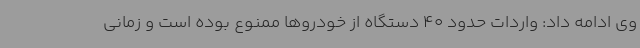
وی ادامه داد: واردات حدود 40 دستگاه از خودروها ممنوع بوده است و زمانی